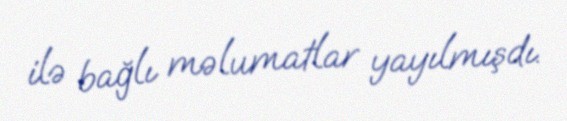
ilə bağlı məlumatlar yayılmışdı.